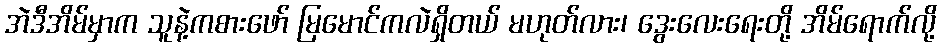
အဲဒီအိမ်မှာက သူနဲ့ကစားဖော် မြမောင်ကလဲရှိတယ် မဟုတ်လား၊ ဒွေးလေးရေးတို့ အိမ်ရောက်လို့